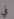
في